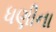
ધણીના